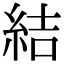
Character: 結